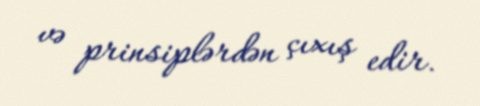
və prinsiplərdən çıxış edir.